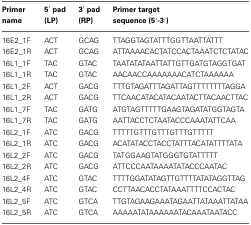
| Primer name | 5′ pad (LP) | 3′ pad (RP) | Primer target sequence (5′-3′) |
 | --- | --- | --- | --- |
 | 16E2_1F | ACT | GCAG | TTAGGTAGTATTTGGTTAATTATTT |
 | 16E2_1R | ACT | GCAG | ATTAAAACACTATCCACTAAATCTCTATAC |
 | 16L1_1F | TAC | GTAC | TAATATATAATTATTGTTGATGTAGGTGAT |
 | 16L1_1R | TAC | GTAC | AACAACCAAAAAAACATCTAAAAAA |
 | 16L1_2F | ACT | GACG | TTTGTAGATTTAGATTAGTTTTTTTTAGGA |
 | 16L1_2R | ACT | GACG | TTCAACATACATACAATACTTACAACTTAC |
 | 16L1_7F | TAC | GATG | ATGTAGTTTTTGAAGTAGATATGGTAGTA |
 | 16L1_7R | TAC | GATG | AATTACCTCTAATACCCAAATATTCAA |
 | 16L2_1F | ATC | GACG | TTTTTGTTTGTTTGTTTGTTTTT |
 | 16L2_1R | ATC | GACG | ACATATACCTACCTATTTACATATTTTATA |
 | 16L2_2F | ATC | GACG | TATGGAAGTATGGGTGTATTTTT |
 | 16L2_2R | ATC | GACG | ATTCCCAATAAAATATACCCAATAC |
 | 16L2_4F | ATC | GTAC | TTTTGGATATAGTTGTTTTATATAGGTTAG |
 | 16L2_4R | ATC | GTAC | CCTTAACACCTATAAATTTTCCACTAC |
 | 16L2_5F | ATC | GTCA | TTGTAGAAGAAATAGAATTATAAATTATAA |
 | 16L2_5R | ATC | GTCA | AAAAATATAAAAAATACAAATAATACC |